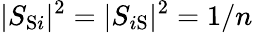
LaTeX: |S_{\mathrm{S}i}|^{2}=|S_{i\mathrm{S}}|^{2}=1/n